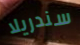
سندريلا